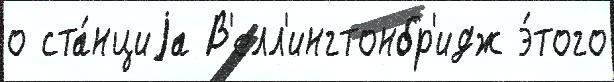
о ста́нциjа В'елл'ингтонбр'идж э́того